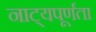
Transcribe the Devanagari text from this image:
नाट्यपूर्णता